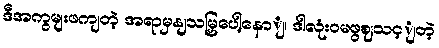
ဒီအကွမျးဖကျတဲ့ အရာမှနျသမြှပေါ့နောျ၊ ဒါလုံးဝမဖွဈသင့ျတဲ့